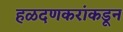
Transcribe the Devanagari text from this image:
हळदणकरांकडून